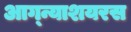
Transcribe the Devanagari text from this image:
आग्न्याशयरस